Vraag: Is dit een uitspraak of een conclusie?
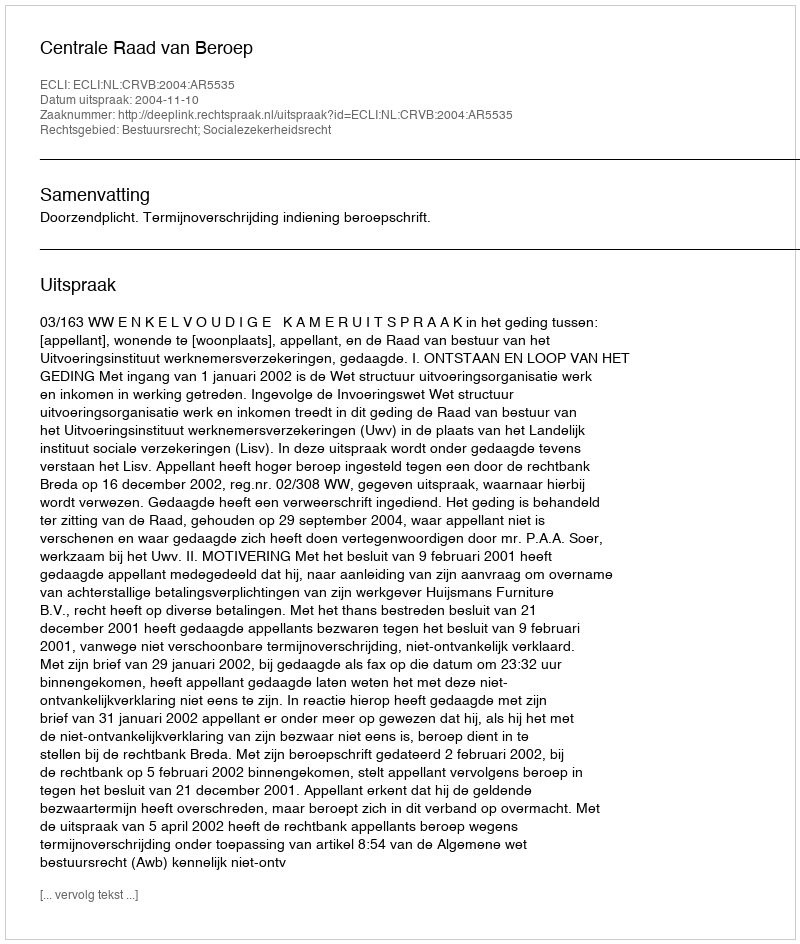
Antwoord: Uitspraak